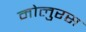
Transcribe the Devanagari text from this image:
मोलुरस